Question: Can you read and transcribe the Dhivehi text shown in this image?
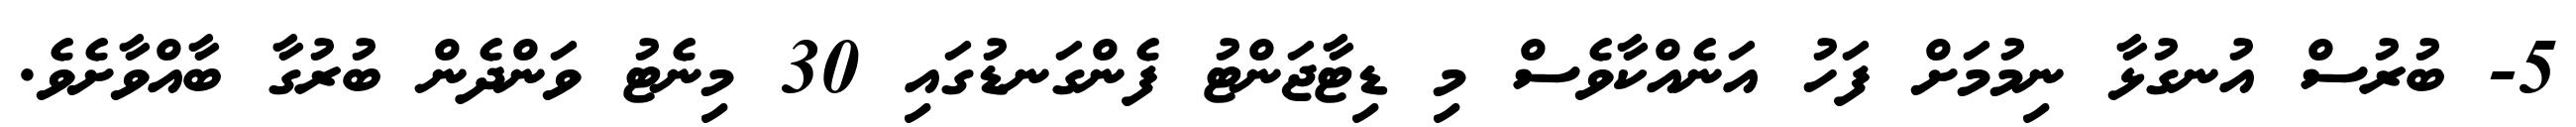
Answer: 5- ބުރުސް އުނގުޅާ ނިމުމަށް ފަހު އަނެއްކާވެސް މި ޑިޓާޖަންޓު ފެންގަނޑުގައި 30 މިނެޓު ވަންދެން ބުރުގާ ބާއްވާށެވެ.